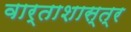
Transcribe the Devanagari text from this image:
वार्ताशास्त्र